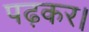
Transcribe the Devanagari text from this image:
पढ़कर।